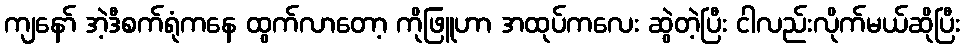
ကျနော် အဲ့ဒီစက်ရုံကနေ ထွက်လာတော့ ကိုဖြူဟာ အထုပ်ကလေး ဆွဲတဲ့ပြီး ငါလည်းလိုက်မယ်ဆိုပြီး